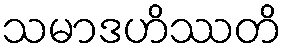
သမာဒဟိဿတိ